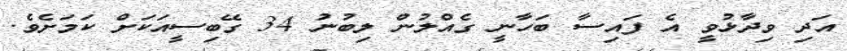
އަދި ވިދާޅުވީ އެ ފައިސާ ބަހާނީ ގެއްލުން ލިބުނު 34 ގޭބިސީއަކަށް ކަމަށެވެ.